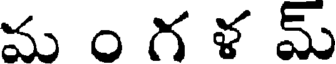
మ ం గ ళ మ్